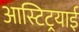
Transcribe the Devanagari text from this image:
आस्टिट्रयाई